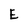
Character: E